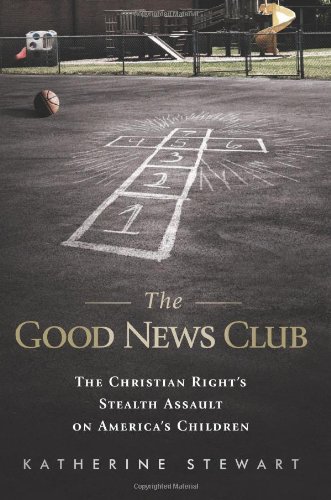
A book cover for The Good News Club: The Christian Right's Stealth Assault on America's Children; Katherine Stewart; Christian Books & Bibles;